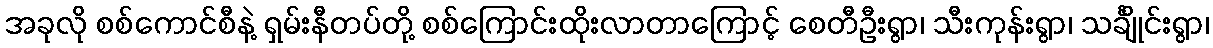
အခုလို စစ်ကောင်စီနဲ့ ရှမ်းနီတပ်တို့ စစ်ကြောင်းထိုးလာတာကြောင့် စေတီဦးရွာ၊ သီးကုန်းရွာ၊ သင်္ချိုင်းရွာ၊